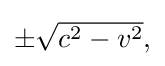
{\textstyle \pm {\sqrt {c^{2}-v^{2}}},}